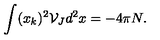
\int ( x _ { k } ) ^ { 2 } { \mathcal { V } } _ { J } d ^ { 2 } x = - 4 \pi N .